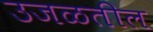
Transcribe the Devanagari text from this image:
उजळतील